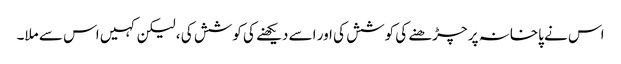
اس نے پاخانہ پر چڑھنے کی کوشش کی اور اسے دیکھنے کی کوشش کی ، لیکن کہیں اس سے ملا۔